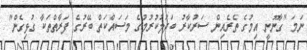
ނަމަ "ގާނޫނީ އިމުގެ ތެރެއިން ސަރުކާރު ބަދަލުކުރުމުގެ މަސައްކަތް ބޭރުގެ ފަރާތްތަކާ ގުޅިގެން"